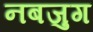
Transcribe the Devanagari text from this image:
नबजुग